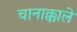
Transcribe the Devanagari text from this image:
चानाक्काले